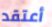
أعتقد